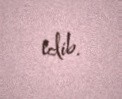
edib.